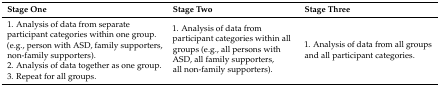
<table><thead><tr><td><b>Stage One</b></td><td><b>Stage Two</b></td><td><b>Stage Three</b></td></tr></thead><tbody><tr><td>1. Analysis of data from separate participant categories within one group. (e.g., person with ASD, family supporters, non-family supporters).</td><td rowspan="3">1. Analysis of data from participant categories within all groups (e.g., all persons with ASD, all family supporters, all non-family supporters).</td><td rowspan="3">1. Analysis of data from all groups and all participant categories.</td></tr><tr><td>2. Analysis of data together as one group.</td></tr><tr><td>3. Repeat for all groups.</td></tr></tbody></table>